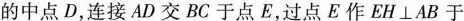
的中点D，连接AD交BC于点E，过点E作EH⊥AB于